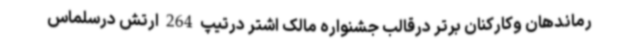
رماندهان وکارکنان برتر درقالب جشنواره مالک اشتر درتیپ 264 ارتش درسلماس